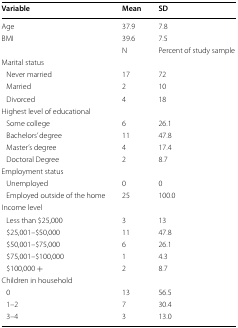
<table><thead><tr><td><b>Variable</b></td><td><b>Mean</b></td><td><b>SD</b></td></tr></thead><tbody><tr><td>Age</td><td>37.9</td><td>7.8</td></tr><tr><td>BMI</td><td>39.6</td><td>7.5</td></tr><tr><td></td><td>N</td><td>Percent of study sample</td></tr><tr><td colspan="3">Marital status</td></tr><tr><td> Never married</td><td>17</td><td>72</td></tr><tr><td> Married</td><td>2</td><td>10</td></tr><tr><td> Divorced</td><td>4</td><td>18</td></tr><tr><td colspan="3">Highest level of educational</td></tr><tr><td> Some college</td><td>6</td><td>26.1</td></tr><tr><td> Bachelors’ degree</td><td>11</td><td>47.8</td></tr><tr><td> Master’s degree</td><td>4</td><td>17.4</td></tr><tr><td> Doctoral Degree</td><td>2</td><td>8.7</td></tr><tr><td colspan="3">Employment status</td></tr><tr><td> Unemployed</td><td>0</td><td>0</td></tr><tr><td> Employed outside of the home</td><td>25</td><td>100.0</td></tr><tr><td colspan="3">Income level</td></tr><tr><td> Less than $25,000</td><td>3</td><td>13</td></tr><tr><td> $25,001–$50,000</td><td>11</td><td>47.8</td></tr><tr><td> $50,001–$75,000</td><td>6</td><td>26.1</td></tr><tr><td> $75,001–$100,000</td><td>1</td><td>4.3</td></tr><tr><td> $100,000 +</td><td>2</td><td>8.7</td></tr><tr><td colspan="3">Children in household</td></tr><tr><td> 0</td><td>13</td><td>56.5</td></tr><tr><td> 1–2</td><td>7</td><td>30.4</td></tr><tr><td> 3–4</td><td>3</td><td>13.0</td></tr></tbody></table>